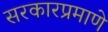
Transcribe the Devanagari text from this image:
सरकारप्रमाणे